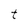
Character: t